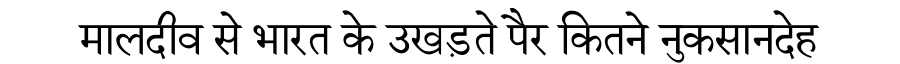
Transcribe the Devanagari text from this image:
मालदीव से भारत के उखड़ते पैर कितने नुकसानदेह